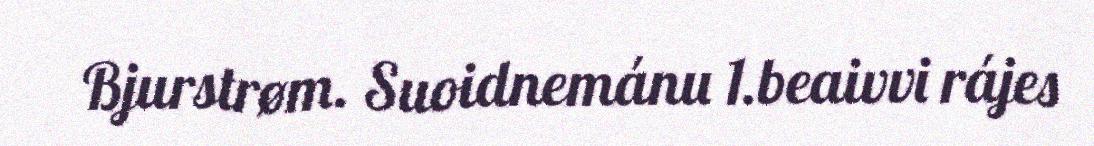
Bjurstrøm. Suoidnemánu 1.beaivvi rájes